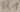
Text: R1